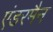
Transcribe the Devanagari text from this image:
एंडरमैन